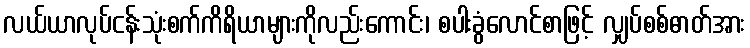
လယ်ယာလုပ်ငန်းသုံးစက်ကိရိယာများကိုလည်းကောင်း၊ စပါးခွံလောင်စာဖြင့် လျှပ်စစ်ဓာတ်အား